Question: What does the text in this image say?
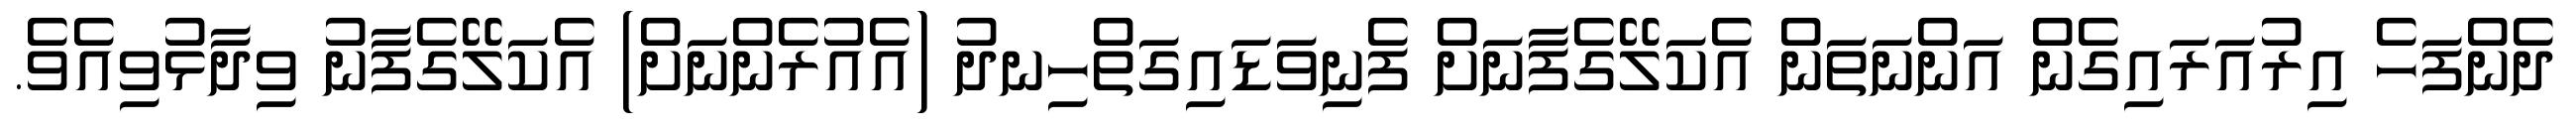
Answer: ދެންފަހެ އިރުއަރައިގެން އަންނަތަން އެކަލޭގެފާނަށް ފެނިވަޑައިގަތްހިނދު (އެއުރެންނަށް) އެކަލޭގެފާނު ވިދާޅުވިއެވެ.